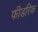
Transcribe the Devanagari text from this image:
फीडरिक